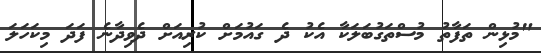
"މުޅިން ތަފާތު މުސްތަގުބަލަކާ އެކު ދެ ގައުމަށް ކުރިއަށް ދެވިދާނެ ފަދަ މިކަހަލަ